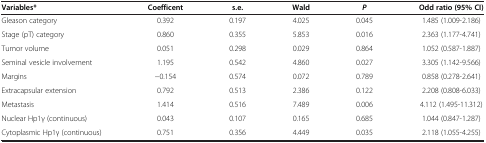
<table><thead><tr><td><b>Variables*</b></td><td><b>Coefficent</b></td><td><b>s.e.</b></td><td><b>Wald</b></td><td><b><i>P</i></b></td><td><b>Odd ratio (95% CI)</b></td></tr></thead><tbody><tr><td>Gleason category</td><td>0.392</td><td>0.197</td><td>4.025</td><td>0.045</td><td>1.485 (1.009-2.186)</td></tr><tr><td>Stage (pT) category</td><td>0.860</td><td>0.355</td><td>5.853</td><td>0.016</td><td>2.363 (1.177-4.741)</td></tr><tr><td>Tumor volume</td><td>0.051</td><td>0.298</td><td>0.029</td><td>0.864</td><td>1.052 (0.587-1.887)</td></tr><tr><td>Seminal vesicle involvement</td><td>1.195</td><td>0.542</td><td>4.860</td><td>0.027</td><td>3.305 (1.142-9.566)</td></tr><tr><td>Margins</td><td>−0.154</td><td>0.574</td><td>0.072</td><td>0.789</td><td>0.858 (0.278-2.641)</td></tr><tr><td>Extracapsular extension</td><td>0.792</td><td>0.513</td><td>2.386</td><td>0.122</td><td>2.208 (0.808-6.033)</td></tr><tr><td>Metastasis</td><td>1.414</td><td>0.516</td><td>7.489</td><td>0.006</td><td>4.112 (1.495-11.312)</td></tr><tr><td>Nuclear Hp1γ (continuous)</td><td>0.043</td><td>0.107</td><td>0.165</td><td>0.685</td><td>1.044 (0.847-1.287)</td></tr><tr><td>Cytoplasmic Hp1γ (continuous)</td><td>0.751</td><td>0.356</td><td>4.449</td><td>0.035</td><td>2.118 (1.055-4.255)</td></tr></tbody></table>